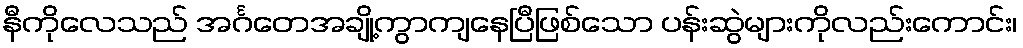
နီကိုလေသည် အင်္ဂတေအချို့ကွာကျနေပြီဖြစ်သော ပန်းဆွဲများကိုလည်းကောင်း၊